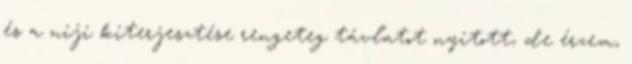
és a niji kiterjesztése rengeteg távlatot nyitott, de érzem,